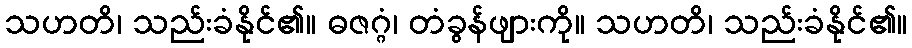
သဟတိ၊ သည်းခံနိုင်၏။ ဓဇဂ္ဂံ၊ တံခွန်ဖျားကို။ သဟတိ၊ သည်းခံနိုင်၏။